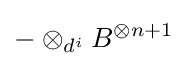
-\otimes _{d^{i}}B^{\otimes {n+1}}